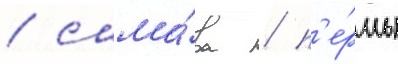
/ сама́ра / п'е́рмь